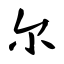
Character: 尔